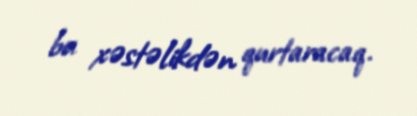
bu xəstəlikdən qurtaracaq.